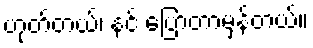
ဟုတ်တယ်၊ နင် ပြောတာမှန်တယ်။